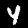
Digit: 4